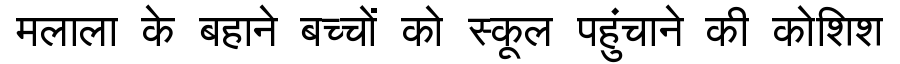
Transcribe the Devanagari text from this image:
मलाला के बहाने बच्चों को स्कूल पहुंचाने की कोशिश